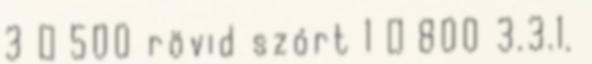
3 ≥ 500 rövid szórt 1 ≥ 800 3.3.1.